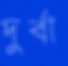
দুর্বা